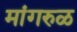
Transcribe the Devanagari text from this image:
मांगरुळ